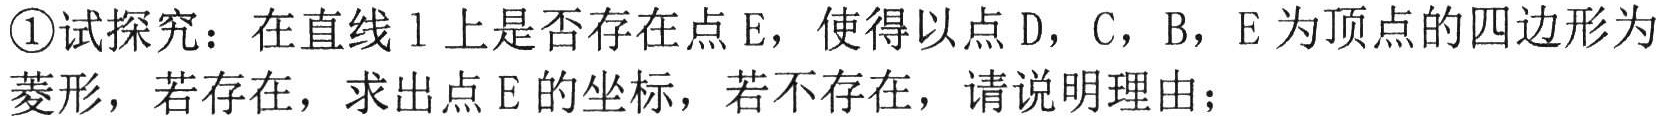
\textcircled{1}试探究：在直线 \(l\) 上是否存在点 \(E\)，使得以点 \(D\)，\(C\)，\(B\)，\(E\) 为顶点的四边形为菱形，若存在，求出点 \(E\) 的坐标，若不存在，请说明理由；